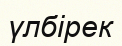
үлбірек